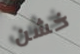
خشن